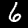
Digit: 6